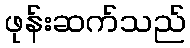
ဖုန်းဆက်သည်